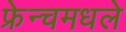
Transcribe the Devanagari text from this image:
फ्रेन्चमधले